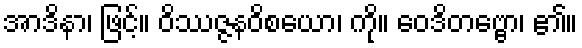
အာဒိနာ၊ ဖြင့်။ ဝိဿဇ္ဇနဝိစယော၊ ကို။ ဝေဒိတဗ္ဗော၊ ၏။